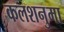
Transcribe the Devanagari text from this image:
कलशनुमा